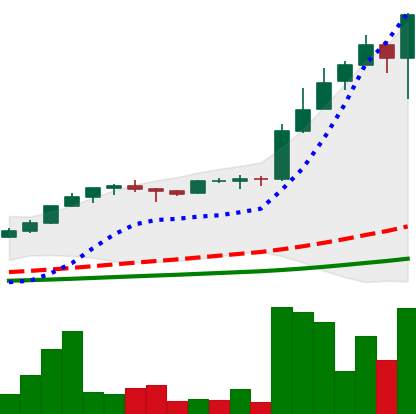
Ticker: LTC-USD
Chart end date: 2017-05-09
Forward return: -13.965%
Label: down_7plus